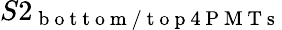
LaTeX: S2_{\mathrm{~b~o~t~t~o~m~/~t~o~p~4~P~M~T~s~}}